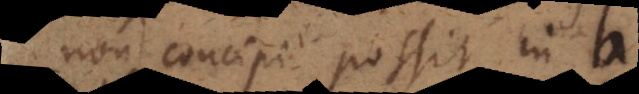
non concipi possit in b,